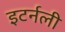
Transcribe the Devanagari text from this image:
इटर्नली